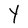
Character: Y